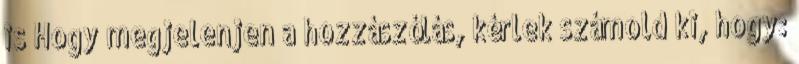
is Hogy megjelenjen a hozzászólás, kérlek számold ki, hogy: